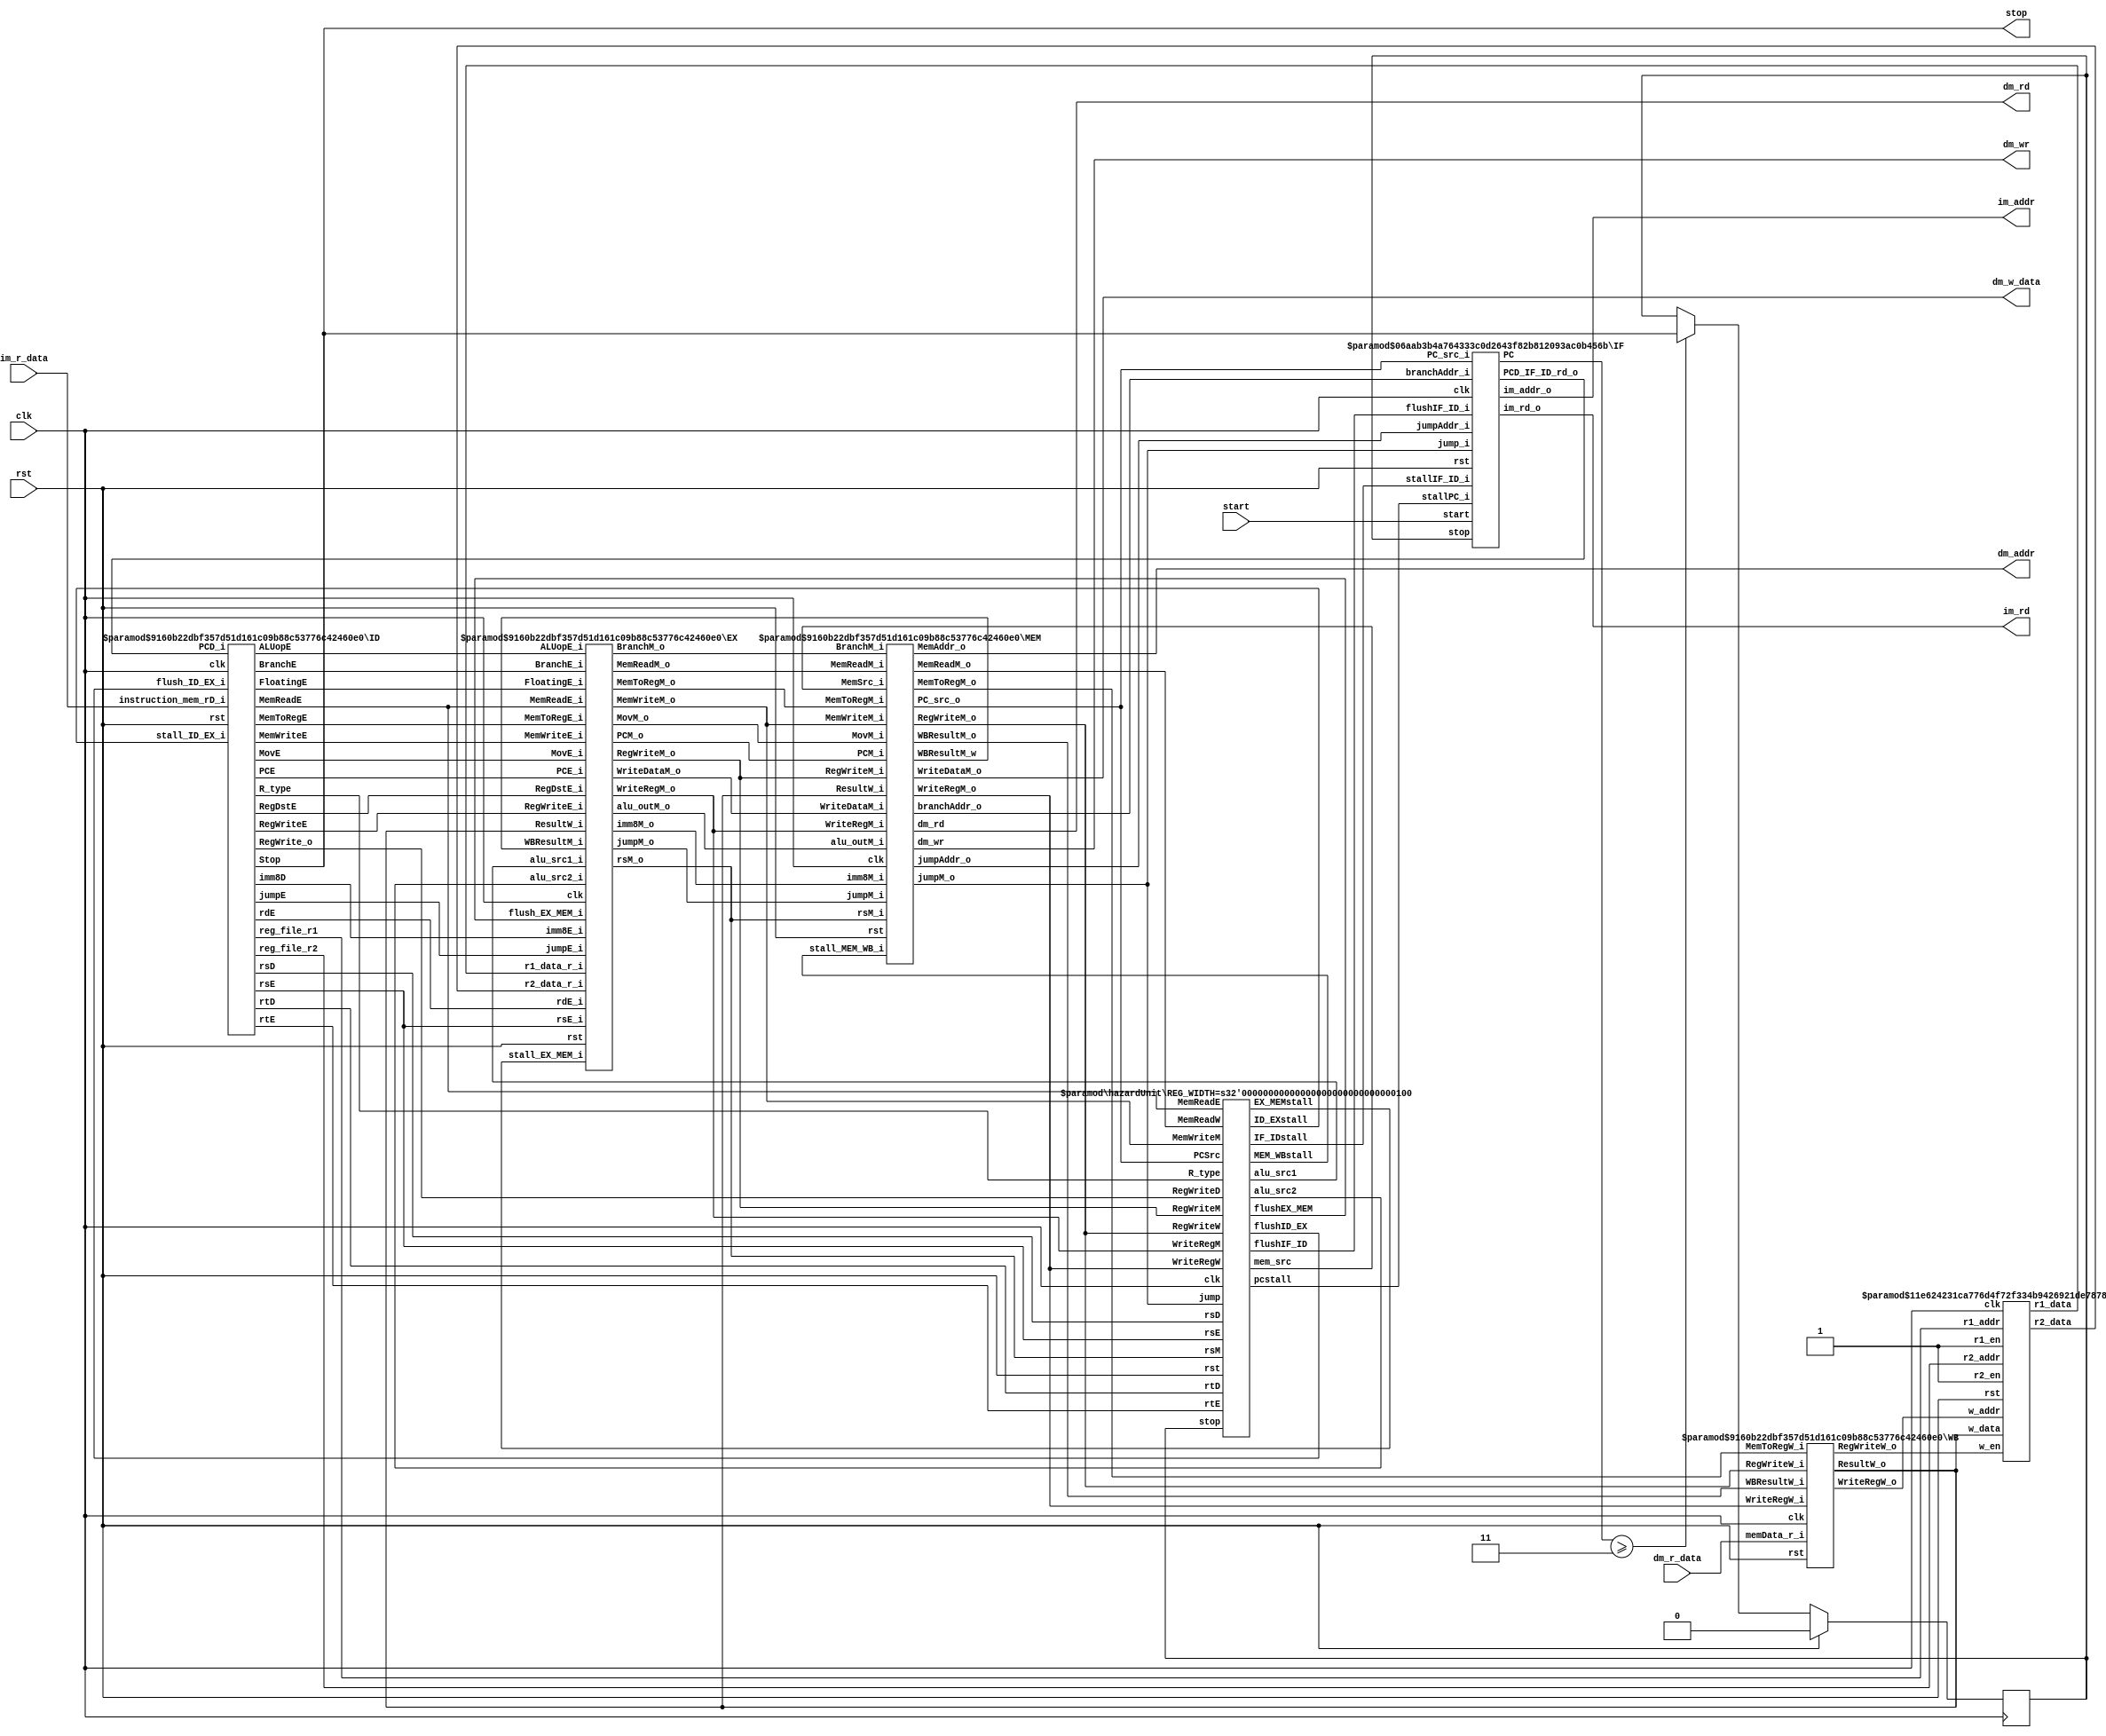
module pipelinedPS#(parameter OP_WIDTH  = 4,
                    parameter CV_WIDTH  = 10,
                    parameter HZ_CV_WIDTH  = 10,
                    parameter STATES_WIDTH  = 15,
                    parameter ADDR_WIDTH  = 8,
                    parameter DATA_WIDTH  = 16,
                    parameter REG_WIDTH   = 4,
                    parameter IMM8_WIDTH  = 8,
                    parameter REG_NUM     = 16)
       (
           input  clk,
           input  rst,

           input  start,                  // to start the processor
           output stop,                   // to show that the processor is stopped

           //control signals for instruction memory (im)
           input   [DATA_WIDTH-1:0]  im_r_data,      // 16-bit read data of im
           output  [ADDR_WIDTH-1:0]  im_addr,        // 8-bit data address of im
           output  im_rd,                 // read enable of im

           //control signals for data memory (dm)
           output  [ADDR_WIDTH-1:0] dm_addr,         // 8-bit data address of dm
           output  dm_rd,                 // read enable of dm
           output  dm_wr,                 // write enable of dm

           //data for data memory (dm)
           input  [DATA_WIDTH-1:0] dm_r_data,       // 16-bit read data
           output [DATA_WIDTH-1:0] dm_w_data        // 16-bit write data
       );
//IM and DM are inside the testbench, so one must access them through interfaces.
wire[OP_WIDTH-1:0] opcode;

//Main CTRs
wire RegWriteD;//ID
wire RegWriteE,BranchE,MemReadE,RegDstE,MemWriteE,MemToRegE ,MovE,FloatingE,jumpE;//EX
wire[1:0] ALUopE;
wire RegWriteM,BranchM,MemReadM,MemWriteM,MemToRegM ,MovM,jumpM;//MEM
wire RegWriteW,MemToRegW;//WB

//Hazard units
wire[1:0] alu_src1,alu_src2;
wire mem_src,flushEX_MEM,flushIF_ID,pcstall,flushID_EX ,IF_IDstall ,ID_EXstall ,EX_MEMstall,MEM_WBstall ;
wire[REG_WIDTH-1:0] rsI,rtI;
wire R_type;

//IF
wire[ADDR_WIDTH-1:0] PCD;
wire[ADDR_WIDTH-1:0] PC;
wire[REG_WIDTH-1:0] rsD,rtD,rdD;

wire[REG_WIDTH-1:0] rf_r1_addr,rf_r2_addr;
wire[DATA_WIDTH-1:0] rf_r1_data,rf_r2_data;

//EX
wire[ADDR_WIDTH-1:0]PCE;
wire[REG_WIDTH-1:0] rtE,rsE,rdE;
wire[IMM8_WIDTH-1:0] imm8E;

//MEM
wire[ADDR_WIDTH-1:0] PCM;
wire[DATA_WIDTH-1:0] WriteDataM;
wire[IMM8_WIDTH-1:0] imm8M;
wire[REG_WIDTH-1:0] rsM;
wire[REG_WIDTH-1:0] WriteRegM;
wire[DATA_WIDTH-1:0] alu_outM;
wire[DATA_WIDTH-1:0] WBResultM;
wire[DATA_WIDTH-1:0] WBResultM_w;


wire PC_src;
wire[ADDR_WIDTH-1:0] branchAddr;
wire[ADDR_WIDTH-1:0] jumpAddr;
wire jumpM_f;

//WB
wire[DATA_WIDTH-1:0] ResultW;
wire[REG_WIDTH-1:0]  WriteRegW;

wire[REG_WIDTH-1:0] WriteRegW_rf;
wire RegWriteW_rf; //Control

//Stop Register
reg  stop_flag;
wire stop_flag_rd = stop_flag;

always @(posedge clk)
begin
    stop_flag <= rst ? 'd0 : ((PC >= 3)? stop : stop_flag);
end



hazardUnit#(
    .REG_WIDTH   ( REG_WIDTH )
)u_hazardUnit(
    .clk         ( clk         ),
    .rst         ( rst         ),

    //Fowarding and stall
    .rsE         ( rsE         ),
    .rtE         ( rtE         ),
    .RegWriteM   ( RegWriteM   ),
    .RegWriteW   ( RegWriteW   ),
    .WriteRegM   ( WriteRegM   ),
    .WriteRegW   ( WriteRegW   ),
    .rsM         ( rsM         ),

    //Stall
    .rsD         ( rsD         ),
    .rtD         ( rtD         ),
    .MemReadE    ( MemReadE    ),
    .RegWriteD   ( RegWriteD   ),
    .R_type      ( R_type      ),

    //Control hazard
    .stop        ( stop_flag_rd ),
    .PCSrc       ( PC_src       ),
    .jump        ( jumpM_f      ),

    //Forwarding
    .alu_src1    ( alu_src1    ),
    .alu_src2    ( alu_src2    ),
    .mem_src     ( mem_src     ),

    //Stall
    .flushEX_MEM ( flushEX_MEM ),
    .flushIF_ID  ( flushIF_ID  ),
    .pcstall     ( pcstall     ),
    .MemReadW    ( MemReadW    ),
    .MemWriteM   ( MemWriteM   ),

    //Control hazard
    .flushID_EX  ( flushID_EX  ),
    .IF_IDstall  ( IF_IDstall  ),
    .ID_EXstall  ( ID_EXstall  ),
    .EX_MEMstall ( EX_MEMstall ),
    .MEM_WBstall ( MEM_WBstall )
);


IF#(
      .DATA_WIDTH   ( DATA_WIDTH ),
      .ADDR_WIDTH   ( ADDR_WIDTH )
  )u_IF(
      .rst          ( rst          ),
      .clk          ( clk          ),

      //PC
      .start(start),
      .stop(stop_flag_rd ),

      .jump_i       ( jumpM_f    ),
      .PC_src_i     ( PC_src     ),
      .branchAddr_i ( branchAddr ),
      .jumpAddr_i   ( jumpAddr   ),

      //IM
      .im_addr_o    ( im_addr    ),
      .im_rd_o      ( im_rd      ),

      //IF/ID
      .PCD_IF_ID_rd_o ( PCD ),
      .flushIF_ID_i ( flushIF_ID ),
      .stallIF_ID_i ( IF_IDstall ),

      //PC
      .PC(PC),
      .stallPC_i    ( pcstall    )

  );

ID#(
      .DATA_WIDTH           ( DATA_WIDTH ),
      .ADDR_WIDTH           ( ADDR_WIDTH ),
      .IMM8_WIDTH           ( IMM8_WIDTH ),
      .REG_WIDTH            ( REG_WIDTH ),
      .CV_WIDTH             ( CV_WIDTH ),
      .OP_WIDTH             ( OP_WIDTH )
  )u_ID(
      .rst                  ( rst                  ),
      .clk                  ( clk                  ),

      //IF/ID
      .PCD_i                ( PCD                ),
      .instruction_mem_rD_i ( im_r_data ),
      .flush_ID_EX_i        ( flushID_EX        ),
      .stall_ID_EX_i        ( ID_EXstall        ),

      //RF read Addr
      .reg_file_r1          ( rf_r1_addr          ),
      .reg_file_r2          ( rf_r2_addr          ),

      //Forwarding
      .rsD                  ( rsD                  ),
      .rtD                  ( rtD                  ),

      .Stop                 ( stop                  ),

      //ID/EX
      .rtE                  ( rtE                  ),
      .rsE                  ( rsE                  ),
      .rdE                  ( rdE                  ),
      .PCE                  ( PCE                  ),
      .imm8D                ( imm8E                ),

      //Control signals
      .RegWriteE            ( RegWriteE            ),
      .ALUopE               ( ALUopE               ),
      .BranchE              ( BranchE              ),
      .MemReadE             ( MemReadE             ),
      .RegDstE              ( RegDstE              ),
      .MemWriteE            ( MemWriteE            ),
      .MemToRegE            ( MemToRegE            ),
      .MovE                 ( MovE                 ),
      .FloatingE            ( FloatingE            ),
      .jumpE                ( jumpE                ),

      //Hazard
      .RegWrite_o(RegWriteD),
      .R_type(R_type)
  );

reg_file#(
            .DEPTH   ( REG_NUM ),
            .ADDR    ( REG_WIDTH ),
            .WIDTH   ( DATA_WIDTH )
        )u_reg_file(
            .rst     ( rst     ),
            .clk     ( clk     ),


            .r1_en   ( 1'b1   ),
            .r2_en   ( 1'b1   ),

            .r1_addr ( rf_r1_addr ),
            .r2_addr ( rf_r2_addr ),

            .w_data  ( ResultW    ),
            .w_addr  ( WriteRegW_rf  ),
            .w_en    ( RegWriteW_rf  ),

            .r1_data ( rf_r1_data ),
            .r2_data ( rf_r2_data )
        );

EX#(
      .DATA_WIDTH     ( DATA_WIDTH ),
      .ADDR_WIDTH     ( ADDR_WIDTH ),
      .IMM8_WIDTH     ( IMM8_WIDTH ),
      .REG_WIDTH      ( REG_WIDTH ),
      .CV_WIDTH       ( CV_WIDTH ),
      .OP_WIDTH       ( OP_WIDTH )
  )u_EX(
      .clk            ( clk            ),
      .rst            ( rst            ),

      .PCE_i          ( PCE          ),

      .r1_data_r_i    ( rf_r1_data    ),
      .r2_data_r_i    ( rf_r2_data    ),

      .imm8E_i        ( imm8E        ),
      .rsE_i          ( rsE          ),
      .rdE_i          ( rdE          ),

      //Control
      .flush_EX_MEM_i ( flushEX_MEM ),
      .stall_EX_MEM_i ( EX_MEMstall ),

      .RegWriteE_i    ( RegWriteE    ),
      .ALUopE_i       ( ALUopE       ),
      .BranchE_i      ( BranchE      ),
      .MemReadE_i     ( MemReadE     ),
      .RegDstE_i      ( RegDstE      ),
      .MemWriteE_i    ( MemWriteE    ),
      .MemToRegE_i    ( MemToRegE    ),
      .MovE_i         ( MovE         ),
      .FloatingE_i    ( FloatingE    ),
      .jumpE_i        ( jumpE        ),

      .PCM_o          ( PCM          ),
      .WriteDataM_o   ( WriteDataM   ),
      .imm8M_o        ( imm8M        ),
      .rsM_o          ( rsM          ),

      .WriteRegM_o    ( WriteRegM    ),
      .RegWriteM_o    ( RegWriteM    ),

      .alu_outM_o     ( alu_outM     ),
      .BranchM_o      ( BranchM      ),

      .MemReadM_o     ( MemReadM     ),
      .MemWriteM_o    ( MemWriteM    ),
      .MemToRegM_o    ( MemToRegM    ),
      .MovM_o         ( MovM         ),
      .jumpM_o        ( jumpM        ),

      .WBResultM_i    ( WBResultM_w  ),
      .ResultW_i      ( ResultW      ),
      .alu_src1_i     ( alu_src1     ),
      .alu_src2_i     ( alu_src2     )
  );

MEM#(
       .DATA_WIDTH     ( DATA_WIDTH ),
       .ADDR_WIDTH     ( ADDR_WIDTH ),
       .IMM8_WIDTH     ( IMM8_WIDTH ),
       .REG_WIDTH      ( REG_WIDTH ),
       .CV_WIDTH       ( CV_WIDTH ),
       .OP_WIDTH       ( OP_WIDTH )
   )u_MEM(
       .clk            ( clk            ),
       .rst            ( rst            ),

       .PCM_i          ( PCM          ),
       .alu_outM_i     ( alu_outM     ),
       .WriteDataM_i   ( WriteDataM   ),
       .imm8M_i        ( imm8M        ),
       .rsM_i          ( rsM          ),

       //Hazard controls
       .stall_MEM_WB_i ( MEM_WBstall   ),
       .MemSrc_i       ( mem_src       ),

       .WriteRegM_i    ( WriteRegM    ),
       .RegWriteM_i    ( RegWriteM    ),
       .MemReadM_o     ( MemReadW     ),

       //Forwarded data
       .ResultW_i      ( ResultW      ),

       //Control signals
       .BranchM_i      ( BranchM      ),
       .MemToRegM_i    ( MemToRegM    ),
       .MovM_i         ( MovM         ),
       .jumpM_i        ( jumpM        ),

       //!Forward to ID
       .branchAddr_o   ( branchAddr   ),
       .PC_src_o       ( PC_src       ),
       .jumpAddr_o     ( jumpAddr     ),

       //Forward to EX
       .WBResultM_w    ( WBResultM_w  ),

       //!MEM/WB
       .WBResultM_o    ( WBResultM    ),
       .WriteRegM_o    ( WriteRegW    ),

       //Control Signals
       .RegWriteM_o    ( RegWriteW    ),
       .MemToRegM_o    ( MemToRegW    ),
       .jumpM_o        ( jumpM_f      ),

       //DM
       .MemWriteM_i    ( MemWriteM    ),
       .MemReadM_i     ( MemReadM     ),

       .dm_rd(dm_rd),
       .dm_wr(dm_wr),
       .MemAddr_o      ( dm_addr      ),
       .WriteDataM_o   ( dm_w_data    )
   );

WB#(
      .DATA_WIDTH   ( DATA_WIDTH ),
      .ADDR_WIDTH   ( ADDR_WIDTH ),
      .IMM8_WIDTH   ( IMM8_WIDTH ),
      .REG_WIDTH    ( REG_WIDTH  ),
      .CV_WIDTH     ( CV_WIDTH   ),
      .OP_WIDTH     ( OP_WIDTH   )
  )u_WB(
      .clk          ( clk          ),
      .rst          ( rst          ),

      //MEM/WB
      .WBResultW_i  ( WBResultM  ),

      .WriteRegW_i  ( WriteRegW  ),
      .RegWriteW_i  ( RegWriteW  ),
      .MemToRegW_i  ( MemToRegW  ),

      .RegWriteW_o  ( RegWriteW_rf  ),

      .memData_r_i  ( dm_r_data  ),
      .ResultW_o    ( ResultW    ),
      .WriteRegW_o  ( WriteRegW_rf  )
);


endmodule

module MEM #(parameter DATA_WIDTH = 16,
             parameter ADDR_WIDTH = 8,
             parameter IMM8_WIDTH = 8,
             parameter REG_WIDTH  = 4,
             parameter CV_WIDTH   = 11,
             parameter OP_WIDTH   = 4)
       (input clk,
        input rst,

        //From EX/MEM
        input[ADDR_WIDTH-1:0] PCM_i,
        input[DATA_WIDTH-1:0] alu_outM_i,
        input[DATA_WIDTH-1:0] WriteDataM_i,
        input[IMM8_WIDTH-1:0] imm8M_i,
        input[REG_WIDTH-1:0] rsM_i,
        input[REG_WIDTH-1:0] WriteRegM_i,

        //Hazard control
        input stall_MEM_WB_i,
        input MemSrc_i,

        //Controls
        input RegWriteM_i,
        input BranchM_i,
        input MemReadM_i,
        input MemWriteM_i,
        input MemToRegM_i,
        input MovM_i,
        input jumpM_i,

        //Forwarded signal
        input[DATA_WIDTH-1:0] ResultW_i,

        //Forward signal to IF
        output[ADDR_WIDTH-1:0] branchAddr_o,
        output[ADDR_WIDTH-1:0] jumpAddr_o,
        output jumpM_o,

        //Forwarding to EX
        output[DATA_WIDTH-1:0] WBResultM_w,

        //MEM/WB
        output reg[DATA_WIDTH-1:0] WBResultM_o,
        output reg[REG_WIDTH-1:0] WriteRegM_o,
        output reg RegWriteM_o ,
        output reg MemToRegM_o ,
        output reg MemReadM_o,

        //DM
        output dm_rd,
        output dm_wr,
        output[ADDR_WIDTH-1:0] MemAddr_o,
        output[DATA_WIDTH-1:0] WriteDataM_o,

        //Hazard control
        output PC_src_o
       );

//Branch
assign PC_src_o = ((WriteDataM_o == 'd0) && (BranchM_i) );
assign jumpM_o = jumpM_i;
assign branchAddr_o = imm8M_i;
assign jumpAddr_o   = imm8M_i;


//DM
assign  dm_wr = MemWriteM_i;
assign  dm_rd = MemReadM_i;
assign  MemAddr_o = imm8M_i;
assign WriteDataM_o = MemSrc_i ?  ResultW_i : WriteDataM_i ;

wire[DATA_WIDTH-1:0] sign_extended_val = {{8{imm8M_i[7]}},imm8M_i[7:0]};
//MEM/WB
assign WBResultM_w = MovM_i ? sign_extended_val : alu_outM_i;

always @(posedge clk )
begin
    if(rst)
    begin
        RegWriteM_o <= 'd0;
        MemToRegM_o <= 'd0;

        WBResultM_o <= 'd0;
        WriteRegM_o <= 'd0;
        MemReadM_o  <= 'd0;
    end
    else if(stall_MEM_WB_i)
    begin
        RegWriteM_o <= RegWriteM_o;
        MemToRegM_o <= MemToRegM_o;
        WBResultM_o <= WBResultM_o;
        WriteRegM_o <= WriteRegM_o;
        MemReadM_o  <= MemReadM_o;
    end
    else
    begin
        RegWriteM_o <= RegWriteM_i;
        MemToRegM_o <= MemToRegM_i;

        WBResultM_o <= WBResultM_w;
        WriteRegM_o <= WriteRegM_i;
        MemReadM_o  <= MemReadM_i;
    end
end

endmodule

module IF#(parameter DATA_WIDTH = 16,
           parameter ADDR_WIDTH = 8)
       (input rst,
        input clk,

        //Control inputs
        input jump_i,
        input PC_src_i,
        input start,

        //From stop_flag
        input stop,

        //Forwarded addr
        input[ADDR_WIDTH-1:0] branchAddr_i,
        input[ADDR_WIDTH-1:0] jumpAddr_i,

        //IF/ID control inputs
        input flushIF_ID_i,
        input stallIF_ID_i,
        input stallPC_i,

        //IM accesses
        output[ADDR_WIDTH-1:0]  im_addr_o,
        output                  im_rd_o,

        //IF/ID output
        output reg[ADDR_WIDTH-1:0] PCD_IF_ID_rd_o,

        //Status
        output reg processor_status_r_o,

        //Current PC
        output[ADDR_WIDTH-1:0] PC);

reg[ADDR_WIDTH-1:0] pc_rd;
reg[ADDR_WIDTH-1:0] pc_wr;
wire[ADDR_WIDTH-1:0] PCF;

//Processor status
always @(posedge clk)
begin
    processor_status_r_o <= (rst || stop) ? 1'b0 : (start ? 1'b1 :processor_status_r_o);
end

//PC & adder
always @(posedge clk)
begin
    pc_rd <= rst ? 'd0 : pc_wr;
end

always @(*)
begin
    if(stallPC_i)
    begin
        pc_wr = pc_rd;
    end
    else if(PC_src_i)
    begin
        pc_wr = branchAddr_i;
    end
    else if(jump_i)
    begin
        pc_wr = jumpAddr_i;
    end
    else if(processor_status_r_o)
    begin
        pc_wr = PCF;
    end
    else
    begin
        pc_wr = pc_rd;
    end
end

assign PCF = pc_rd + 8'b1;
assign PC  = pc_rd;

//IM
assign im_addr_o = pc_rd;
assign im_rd_o   = 1'b1;

//IF/ID
always @(posedge clk)
begin
    if(rst)
    begin
        PCD_IF_ID_rd_o <= 8'd0;
    end
    else if(stallIF_ID_i)
    begin
        PCD_IF_ID_rd_o <= PCD_IF_ID_rd_o;
    end
    else if(flushIF_ID_i)
    begin
        PCD_IF_ID_rd_o <= 8'd0;
    end
    else
    begin
        PCD_IF_ID_rd_o <= PCF;
    end
end

endmodule

module ID#(parameter DATA_WIDTH = 16,
           parameter ADDR_WIDTH = 8,
           parameter IMM8_WIDTH = 8,
           parameter REG_WIDTH  = 4,
           parameter CV_WIDTH   = 11,
           parameter OP_WIDTH   = 4)
       (input rst,
        input clk,
        input[ADDR_WIDTH-1:0] PCD_i,
        input[DATA_WIDTH-1:0] instruction_mem_rD_i,
        input flush_ID_EX_i,
        input stall_ID_EX_i,

        //REGFILE
        output[REG_WIDTH-1:0] reg_file_r1,
        output[REG_WIDTH-1:0] reg_file_r2,

        //Hazard unit inputs
        output[REG_WIDTH-1:0]  rsD ,
        output[REG_WIDTH-1:0]  rtD ,
        output[REG_WIDTH-1:0]  rdD ,

        //LW-R hazard needed
        output RegWrite_o,
        output R_type    ,

        //IF/ID
        output reg[REG_WIDTH-1:0]  rtE,
        output reg[REG_WIDTH-1:0]  rsE,
        output reg[REG_WIDTH-1:0]  rdE,
        output reg[ADDR_WIDTH-1:0] PCE,
        output reg[IMM8_WIDTH-1:0] imm8D,

        output Stop,

        output reg RegWriteE,
        output reg[1:0] ALUopE,
        output reg BranchE,
        output reg MemReadE,
        output reg RegDstE,
        output reg MemWriteE,
        output reg MemToRegE,
        output reg MovE,
        output reg FloatingE,
        output reg jumpE
       );

//Instruction bit slices from IM
assign  rsD     = instruction_mem_rD_i[11:8];
assign  rtD     = instruction_mem_rD_i[7:4];
assign  rdD     = instruction_mem_rD_i[3:0];
wire[IMM8_WIDTH-1:0] imm8D_w = instruction_mem_rD_i[7:0];
wire[OP_WIDTH-1:0]   opcode = instruction_mem_rD_i[15:12];

//Control vector
wire[1:0] ALUop;
wire RegWrite;
wire Branch;
wire MemRead;
wire RegDst;
wire MemWrite;
wire MemToReg;
wire Mov;
wire Floating;
wire Jump;

//RF access
assign reg_file_r1 = rsD;
assign reg_file_r2 = rtD;

CTR ctr(.opcode_i(opcode),

        //Outputs
        .RegWrite(RegWrite),
        .ALUop(ALUop),
        .Branch(Branch),
        .MemRead(MemRead),
        .RegDst(RegDst),
        .MemWrite(MemWrite),
        .Jump(Jump),
        .MemToReg(MemToReg),
        .Mov(Mov),
        .Floating(Floating),
        .Stop(Stop),
        .R_type(R_type));

//LW-R hazard, ID stage R, EX stage LW
assign RegWrite_o = RegWrite;

// ID/EX
always @(posedge clk)
begin
    if(rst)
    begin
        PCE   <= PCD_i;
        RegWriteE <= 'd0;
        ALUopE <= 'd0;
        BranchE <= 'd0;
        MemReadE <= 'd0;
        RegDstE <= 'd0;
        MemWriteE <= 'd0;
        MemToRegE <= 'd0;
        MovE <= 'd0;
        FloatingE <= 'd0;

        rtE <= 'd15;
        rsE <= 'd15;
        rdE <= 'd15;
        imm8D<= 'd250;
        jumpE <= 'd0;

    end
    else if(stall_ID_EX_i)
    begin
        PCE   <= PCE;
        RegWriteE <= RegWriteE;
        ALUopE <= ALUopE;
        BranchE <= BranchE;
        MemReadE <= MemReadE;
        RegDstE <= RegDstE;
        MemWriteE <= MemWriteE;
        MemToRegE <= MemToRegE;
        MovE <= MovE;
        FloatingE <= FloatingE;

        rtE <= rtE;
        rsE <= rsE;
        rdE <= rdE;
        imm8D<= imm8D;
        jumpE <= jumpE;
    end
    else if(flush_ID_EX_i)
    begin
        PCE   <= 'd0;
        RegWriteE <= 'd0;
        ALUopE <= 'd0;
        BranchE <= 'd0;
        MemReadE <= 'd0;
        RegDstE <= 'd0;
        MemWriteE <= 'd0;
        MemToRegE <= 'd0;
        MovE <= 'd0;
        FloatingE <= 'd0;

        rtE <= 'd0;
        rsE <= 'd0;
        rdE <= 'd0;
        imm8D<='d0;
        jumpE <= 'd0;
    end
    else
    begin
        PCE   <= PCD_i;
        RegWriteE <= RegWrite;
        ALUopE <= ALUop;
        BranchE <= Branch;
        MemReadE <= MemRead;
        RegDstE <= RegDst;
        MemWriteE <= MemWrite;
        MemToRegE <= MemToReg;
        MovE <= Mov;
        FloatingE <= Floating;

        rtE <= rtD;
        rsE <= rsD;
        rdE <= rdD;
        imm8D<=imm8D_w;
        jumpE <= Jump;
    end
end

endmodule


module CTR#(parameter OP_WIDTH = 4,
            parameter CV_WIDTH = 12)
       (input [OP_WIDTH-1:0] opcode_i,
        output RegWrite ,
        output[1:0] ALUop ,
        output Branch ,
        output MemRead ,
        output RegDst ,
        output MemWrite ,
        output Jump ,
        output MemToReg ,
        output Mov ,
        output Floating ,
        output Stop,
        output R_type);

//Basic instructions OP
localparam ADD =    4'b0010 ;
localparam SW =     4'b0001 ;
localparam LW =     4'b0000 ;
localparam SUB =    4'b0100 ;
localparam MOV =    4'b0011 ;
localparam JMPZ =   4'b0101 ;
localparam STOP =   4'b0111 ;
localparam ADDF =   4'b1000 ;
localparam MULTF =  4'b1001 ;
localparam NOP =    4'b1111 ;
localparam SLT =    4'b1010 ;
localparam JUMP =   4'b0110 ;


wire _ADD_       = opcode_i == ADD;
wire _SW_        = opcode_i == SW;
wire _LW_        = opcode_i == LW;
wire _SUB_       = opcode_i == SUB;
wire _MOV_       = opcode_i == MOV;
wire _JMPZ_      = opcode_i == JMPZ;
wire _STOP_      = opcode_i == STOP;
wire _ADDF_      = opcode_i == ADDF;
wire _MULTF_     = opcode_i == MULTF;
wire _NOP_       = opcode_i == NOP;
wire _SLT_       = opcode_i == SLT;
wire _JUMP_      = opcode_i == JUMP;
assign R_type    = _ADD_ || _SUB_ || _MULTF_ || _NOP_ || _STOP_ || _JMPZ_ || _SLT_; //Note JMPZ is not R_type but is needs forwarding.


//Basic instruction ControlVector
localparam ADD_CV   =       12'b100000000000;
localparam SW_CV    =       12'b000000100000;
localparam LW_CV    =       12'b100011001000;
localparam SUB_CV   =       12'b101000000000;
localparam MOV_CV   =       12'b100001000100;
localparam JMPZ_CV  =       12'b000100000000;
localparam STOP_CV  =       12'b000000000001;
localparam ADDF_CV  =       12'b100000000010;
localparam MULTF_CV =       12'b100000000010;
localparam NOP_CV   =       12'b000000000000;
localparam SLT_CV   =       12'b110000000000;
localparam JUMP_CV  =       12'b000000010000;

reg[CV_WIDTH-1:0] control_vector;
//Main CTR decoder
always @(*)
begin
    case(opcode_i)
        ADD:
        begin
            control_vector = ADD_CV;
        end
        SW:
        begin
            control_vector = SW_CV;
        end
        LW:
        begin
            control_vector = LW_CV;
        end
        SUB:
        begin
            control_vector = SUB_CV;
        end
        MOV:
        begin
            control_vector = MOV_CV;
        end
        JMPZ:
        begin
            control_vector = JMPZ_CV;
        end
        STOP:
        begin
            control_vector = STOP_CV;
        end
        ADDF:
        begin
            control_vector = ADDF_CV;
        end
        MULTF:
        begin
            control_vector = MULTF_CV;
        end
        NOP:
        begin
            control_vector = NOP_CV;
        end
        JUMP:
        begin
            control_vector = JUMP_CV;
        end
        default:
        begin
            control_vector = NOP;
        end
    endcase
end

assign {RegWrite,ALUop[1:0],Branch,MemRead,RegDst,MemWrite,Jump,MemToReg,Mov,Floating,Stop} = control_vector;

endmodule

module EX#(parameter DATA_WIDTH = 16,
           parameter ADDR_WIDTH = 8,
           parameter IMM8_WIDTH = 8,
           parameter REG_WIDTH  = 4,
           parameter CV_WIDTH   = 11,
           parameter OP_WIDTH   = 4)
       (input clk,
        input rst,

        input[ADDR_WIDTH-1:0] PCE_i,

        //RF
        input[DATA_WIDTH-1:0] r1_data_r_i,
        input[DATA_WIDTH-1:0] r2_data_r_i,

        //ID/EX
        input[IMM8_WIDTH-1:0] imm8E_i,
        input[REG_WIDTH-1:0] rsE_i,
        input[REG_WIDTH-1:0] rdE_i,
        input flush_EX_MEM_i,
        input stall_EX_MEM_i,

        //Control Vector
        input RegWriteE_i ,
        input[1:0] ALUopE_i ,
        input BranchE_i ,
        input MemReadE_i ,
        input RegDstE_i ,
        input MemWriteE_i ,
        input MemToRegE_i ,
        input MovE_i ,
        input FloatingE_i ,
        input jumpE_i,


        //EX/ME
        //Data
        output reg[ADDR_WIDTH-1:0] PCM_o,
        output reg[DATA_WIDTH-1:0] WriteDataM_o,
        output reg[IMM8_WIDTH-1:0] imm8M_o,
        output reg[REG_WIDTH-1:0]  rsM_o,
        output reg[REG_WIDTH-1:0]  WriteRegM_o,
        output reg[DATA_WIDTH-1:0] alu_outM_o,

        //Control signals
        output reg RegWriteM_o ,
        output reg BranchM_o ,
        output reg MemReadM_o ,
        output reg MemWriteM_o ,
        output reg MemToRegM_o ,
        output reg MovM_o,
        output reg jumpM_o,

        //Hazard signals
        //Forwarded data
        input[DATA_WIDTH-1:0] WBResultM_i,
        input[DATA_WIDTH-1:0] ResultW_i,
        //Forward signal
        input[1:0] alu_src1_i,
        input[1:0] alu_src2_i);

reg[DATA_WIDTH-1:0] alu_in1;
reg[DATA_WIDTH-1:0] alu_in2;

wire[DATA_WIDTH-1:0] WriteDataE_w;
wire[DATA_WIDTH-1:0] WriteRegE_w;
reg[DATA_WIDTH-1:0] alu_w;

//ALU_SRC1
always @(*)
begin
    case(alu_src1_i)
        'd0:
        begin
            alu_in1 = r1_data_r_i;
        end
        'd1:
        begin
            alu_in1 = WBResultM_i;
        end
        'd2:
        begin
            alu_in1 = ResultW_i;
        end
        default:
        begin
            alu_in1 = r1_data_r_i;
        end
    endcase
end

//ALU_SRC2
always @(*)
begin
    case(alu_src2_i)
        'd0:
        begin
            alu_in2 = r2_data_r_i;
        end
        'd1:
        begin
            alu_in2 = WBResultM_i;
        end
        'd2:
        begin
            alu_in2 = ResultW_i;
        end
        default:
        begin
            alu_in2 = r2_data_r_i;
        end
    endcase
end

//ALU
always @(*)
begin
    case(ALUopE_i)
    2'b00: alu_w = alu_in1 + alu_in2;
    2'b01: alu_w = alu_in1 - alu_in2;
    2'b10: alu_w = alu_in1 < alu_in2;
    endcase
end

// EX/MEM
always @(posedge clk)
begin
    if(rst)
    begin
        PCM_o <= 'd0;

        WriteDataM_o<='d0;
        imm8M_o<='d0;
        rsM_o<='d0;
        WriteRegM_o<='d0;
        alu_outM_o<='d0;

        RegWriteM_o<='d0;
        BranchM_o<='d0;
        MemReadM_o<='d0;
        MemWriteM_o<='d0;
        MemToRegM_o<='d0;
        MovM_o<='d0;
        jumpM_o <= 'd0;
    end
    else if(flush_EX_MEM_i)
    begin
        PCM_o <= 'd0;

        WriteDataM_o<='d0;
        imm8M_o<= 'd15;
        rsM_o<= 'd15;
        WriteRegM_o<= 'd15;
        alu_outM_o<= 'd15;

        RegWriteM_o<='d0;
        BranchM_o<='d0;
        MemReadM_o<='d0;
        MemWriteM_o<='d0;
        MemToRegM_o<='d0;
        MovM_o<='d0;
        jumpM_o <= 'd0;
    end
    else if(stall_EX_MEM_i)
    begin
        PCM_o <= PCM_o;

        WriteDataM_o        <=  WriteDataM_o;
        imm8M_o             <=  imm8M_o;
        rsM_o               <=  rsM_o;
        WriteRegM_o         <=  WriteRegM_o;
        alu_outM_o          <=  alu_outM_o;

        RegWriteM_o         <=  RegWriteM_o;
        BranchM_o           <=  BranchM_o;
        MemReadM_o          <=  MemReadM_o;
        MemWriteM_o         <=  MemWriteM_o;
        MemToRegM_o         <=  MemToRegM_o;
        MovM_o              <=  MovM_o;
        jumpM_o <= jumpM_o;
    end
    else
    begin
        PCM_o <= PCE_i;

        WriteDataM_o        <=  WriteDataE_w;
        imm8M_o             <=  imm8E_i;
        rsM_o               <=  rsE_i;
        WriteRegM_o         <=  WriteRegE_w;
        alu_outM_o          <=  alu_w;

        RegWriteM_o         <=  RegWriteE_i;
        BranchM_o           <=  BranchE_i;
        MemReadM_o          <=  MemReadE_i;
        MemWriteM_o         <=  MemWriteE_i;
        MemToRegM_o         <=  MemToRegE_i;
        MovM_o              <=  MovE_i;
        jumpM_o <= jumpE_i;
    end
end

//EX
assign WriteDataE_w = alu_in1;
assign WriteRegE_w  = RegDstE_i ? rsE_i : rdE_i;

endmodule


module hazardUnit#(parameter REG_WIDTH = 4)
       (
           //Hazard unit
           input  clk,
           input  rst,

           //Forwarding
           input[REG_WIDTH-1:0] rsE        ,
           input[REG_WIDTH-1:0] rtE        ,

           input RegWriteD  ,
           input RegWriteM  ,
           input RegWriteW  ,
           input R_type     ,

           input[REG_WIDTH-1:0] WriteRegM  ,
           input[REG_WIDTH-1:0] WriteRegW  ,

           input[REG_WIDTH-1:0] rsM        ,
           input[REG_WIDTH-1:0] rsD        ,
           input[REG_WIDTH-1:0] rtD        ,

           input MemReadE   ,
           input MemWriteM  ,
           input MemReadW   ,
           input stop       ,
           input PCSrc      ,
           input jump       ,

           //Hazard_control_outputs
           //Forwarding
           output reg[1:0] alu_src1,
           output reg[1:0] alu_src2,
           output reg      mem_src,

           //Stall detection
           output reg      flushEX_MEM,
           output reg      flushIF_ID,
           output reg      pcstall,

           //Control hazard
           output reg      flushID_EX,
           output reg      IF_IDstall,
           output reg      ID_EXstall,
           output reg      EX_MEMstall,
           output reg      MEM_WBstall);

reg branch_hazard_flag_w;
reg branch_hazard_flag_r;

wire branch_flush_flag = branch_hazard_flag_w ;

reg[2:0] flush_cnt;
wire flush_done_flag  = (flush_cnt == 'd3);

//Hazard unit control
//Fowarding
always @(*)
begin
    if((rsE == WriteRegM) && (RegWriteM == 1) && (MemReadE != 1))
    begin
        alu_src1 = 2'b01;
    end
    else if ((rsE == WriteRegW) && (RegWriteW == 1) && (MemReadE != 1))
    begin
        alu_src1 = 2'b10;
    end
    else
    begin
        alu_src1 = 2'b00;
    end
end


always @(*)
begin
    if((rtE == WriteRegM) && (RegWriteM == 1) && (MemReadE != 1))
    begin
        alu_src2 = 2'b01;
    end
    else if ((rtE == WriteRegW) && (RegWriteW == 1) && (MemReadE != 1))
    begin
        alu_src2 = 2'b10;
    end
    else
    begin
        alu_src2 = 2'b00;
    end
end

always @(*)
begin
    if((rsM == WriteRegW) && (MemReadW == 1) && (MemWriteM == 1))
    begin
        mem_src = 1'b1;
    end
    else
    begin
        mem_src = 1'b0;
    end
end

//Stall
always @(*)
begin
    if(stop)
    begin
        IF_IDstall  = 1'b1;
        ID_EXstall  = 1'b1;
        EX_MEMstall = 1'b1;
        MEM_WBstall = 1'b1;
        pcstall     = 1'b1;

        flushID_EX  = 1'b0;
    end
    else if(((((rsD == rsE) || (rtD == rsE)) && (MemReadE == 1)) && (R_type == 1)) || (branch_flush_flag))
    begin
        IF_IDstall  = 1'b0;
        ID_EXstall  = 1'b0;
        EX_MEMstall = 1'b0;
        MEM_WBstall = 1'b0;

        pcstall     = 1'b1;
        flushID_EX   = 1'b1;
    end
    else
    begin
        IF_IDstall  = 1'b0;
        ID_EXstall  = 1'b0;
        EX_MEMstall = 1'b0;
        MEM_WBstall = 1'b0;
        pcstall     = 1'b0;

        flushID_EX   = 1'b0;
    end
end




//Control Hazard
always @(*)
begin
    if(jump==1)
    begin
        //Only need to flush for 1 cycle.
        flushIF_ID  = 1'b1;
        flushEX_MEM = 1'b0;
    end
    else if(branch_flush_flag)
    begin
        // need to flush for 3 cycles.
        flushIF_ID  = 1'b1;
        flushEX_MEM = 1'b1;
    end
    else
    begin
        flushIF_ID  = 1'b0;
        flushEX_MEM = 1'b0;
    end
end

always @(posedge clk)
begin
    if(rst)
    begin
        flush_cnt <= 3'd0;
    end
    else if(branch_hazard_flag_r || branch_hazard_flag_w)
    begin
        flush_cnt <= flush_cnt + 3'd1;
    end
    else if(flush_done_flag)
    begin
        flush_cnt <= 3'd0;
    end
    else
    begin
        flush_cnt <= flush_cnt;
    end
end

always @(posedge clk)
begin
    branch_hazard_flag_r <= rst ? 1'd0 : branch_hazard_flag_w;
end
always @(*)
begin
    if(rst)
    begin
        branch_hazard_flag_w = 1'b0;
    end
    else if(PCSrc)
    begin
        branch_hazard_flag_w = 1'd1;
    end
    else if(flush_done_flag)
    begin
        branch_hazard_flag_w = 1'b0;
    end
    else
    begin
        branch_hazard_flag_w = branch_hazard_flag_r;
    end
end

endmodule


module reg_file #(
parameter  DEPTH = 4,
parameter  ADDR = 2,
parameter  WIDTH = 8)

(
input     rst,
input     clk,

input     w_en,                   // write enable
input     [ADDR-1:0]    w_addr,   // write address

input     r1_en,                  // #1-port read enable
input     r2_en,                  // #2-port read enable
input     [ADDR-1:0]    r1_addr,  // #1-port read address
input     [ADDR-1:0]    r2_addr,  // #2-port read address

input     [WIDTH-1:0]   w_data,   // write data

output reg   [WIDTH-1:0]   r1_data,  // #1-port read data
output reg   [WIDTH-1:0]   r2_data   // #2-port read data
);

reg [WIDTH-1:0]    rf[0:DEPTH-1];
always @(posedge clk)
begin
  r1_data <= (r1_en) ? rf[r1_addr] : {(WIDTH){1'b0}};
  r2_data <= (r2_en) ? rf[r2_addr] : {(WIDTH){1'b0}};
end

always@(negedge clk or posedge rst)
begin: rf_block
  integer i;
  if(rst)
     for(i=0; i<DEPTH; i=i+1)
           rf[i] <= {(WIDTH){1'b0}};
  else if(w_en)
           rf[w_addr] <= w_data;
end

endmodule

module WB #(parameter DATA_WIDTH = 16,
            parameter ADDR_WIDTH = 8,
            parameter IMM8_WIDTH = 8,
            parameter REG_WIDTH  = 4,
            parameter CV_WIDTH   = 11,
            parameter OP_WIDTH   = 4
           )(input clk,
             input rst,
             //MEM/WB
             //Data
             input[DATA_WIDTH-1:0] WBResultW_i,
             input[REG_WIDTH-1:0] WriteRegW_i,
             //Controls
             input  RegWriteW_i,
             input  MemToRegW_i,
             output RegWriteW_o,
             //DM
             input[DATA_WIDTH-1:0] memData_r_i,
             //To ID
             //RF_WB
             output[DATA_WIDTH-1:0] ResultW_o,
             //RF_WB_Addr
             output[REG_WIDTH-1:0] WriteRegW_o
             );

//Outputs to ID
assign ResultW_o = MemToRegW_i ? memData_r_i : WBResultW_i;
assign WriteRegW_o = WriteRegW_i;
assign RegWriteW_o = RegWriteW_i;

endmodule